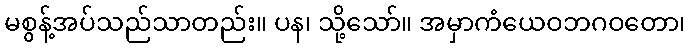
မစွန့်အပ်သည်သာတည်း။ ပန၊ သို့သော်။ အမှာကံယေဝဘဂဝတော၊